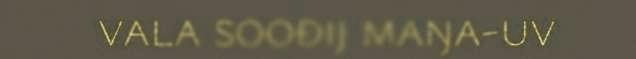
vala soođij maŋa-uv